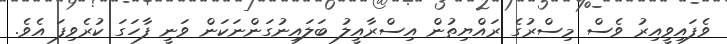
ވެފައިވީއިރު ވެސް މިސްރުގެ ރައްޔިތުން އިސްރާއީލު ބަލައިނުގަންނަކަން ވަނީ ފާހަގަ ކުރެވިފަ އެވެ.